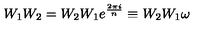
W _ { 1 } W _ { 2 } = W _ { 2 } W _ { 1 } e ^ { \frac { 2 \pi i } { n } } \equiv W _ { 2 } W _ { 1 } \omega